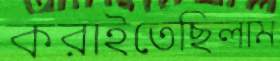
করাইতেছিলাম